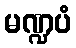
မဏ္ဍပံ